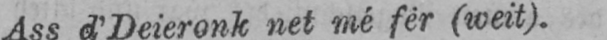
Ass d’Deieronk net mé fêr (weit).